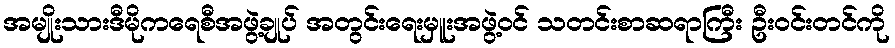
အမျိုးသားဒီမိုကရေစီအဖွဲ့ချုပ် အတွင်းရေးမှူးအဖွဲ့ဝင် သတင်းစာဆရာကြီး ဦးဝင်းတင်ကို